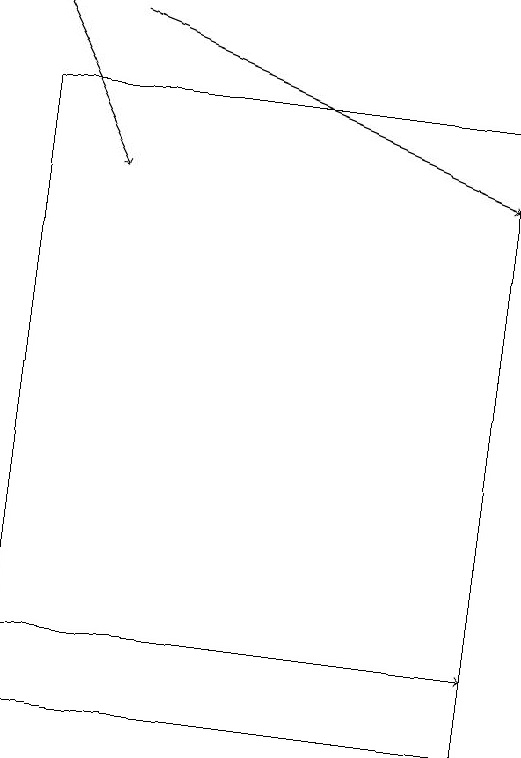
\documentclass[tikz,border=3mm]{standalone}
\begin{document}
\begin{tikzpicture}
\draw (1,18) rectangle (7,10);
\draw[->] (1,11) -- (7,11);
\draw[->] (2,19) -- (7,17);
\draw[->] (1,19) -- (2,17);
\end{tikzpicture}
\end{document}